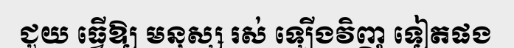
ជួយ ធ្វើឱ្យ មនុស្ស រស់ ឡើងវិញ ទៀតផង